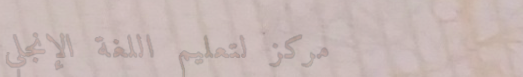
مركز لتعليم اللغة الإنجلي